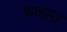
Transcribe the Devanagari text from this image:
थकाउ